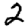
Digit: 2